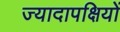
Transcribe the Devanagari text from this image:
ज्यादापक्षियों